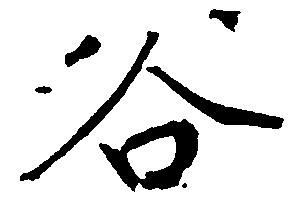
谷